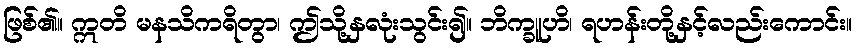
ဖြစ်၏။ ဣတိ မနသိကရိတွာ၊ ဤသို့နှလုံးသွင်း၍။ ဘိက္ခူဟိ၊ ရဟန်းတို့နှင့်လည်းကောင်း။